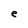
Character: e